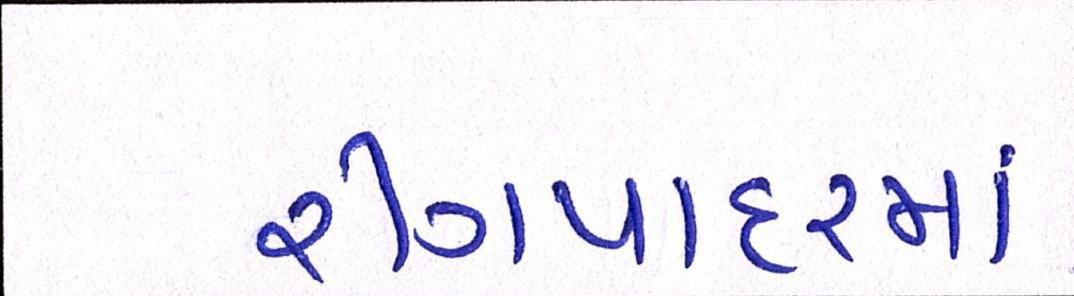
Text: રીંગપાદરમાં